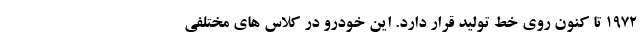
1972 تا کنون روی خط تولید قرار دارد. این خودرو در کلاس های مختلفی